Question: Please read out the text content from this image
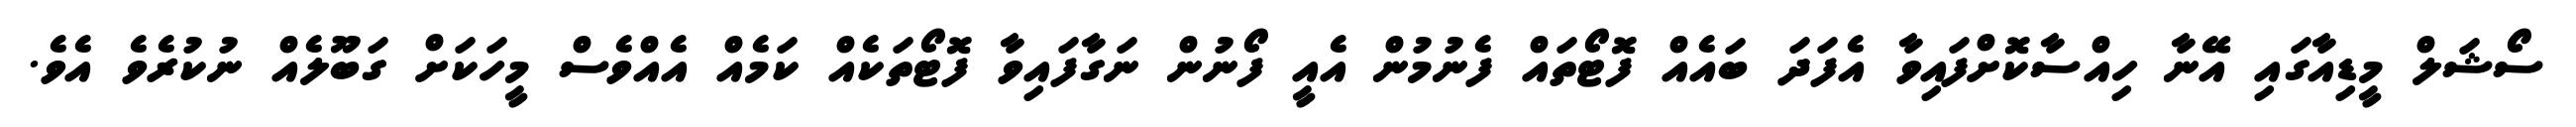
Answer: ސޯޝަލް މީޑިއާގައި އޭނާ ހިއްސާކޮށްފައިވާ އެފަދަ ބައެއް ފޮޓޯތައް ފެނުމުން އެއީ ފޯނުން ނަގާފައިވާ ފޮޓޯތަކެއް ކަމެއް އެއްވެސް މީހަކަށް ގަބޫލެއް ނުކުރެވެ އެވެ.